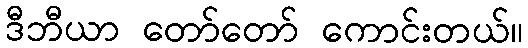
ဒီဘီယာ တော်တော် ကောင်းတယ်။